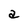
Character: a